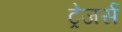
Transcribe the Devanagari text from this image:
ट्रेजर्स